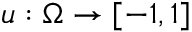
u : \Omega \to [ - 1 , 1 ]